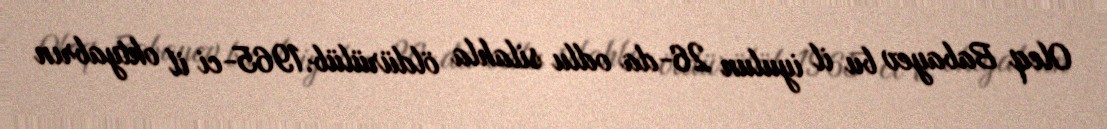
Oleq Babayev bu il iyulun 26-da odlu silahla öldürülüb.1965-ci il oktyabrın